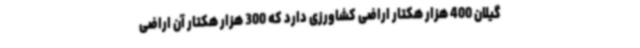
گیلان 400 هزار هکتار اراضی کشاورزی دارد که 300 هزار هکتار آن اراضی